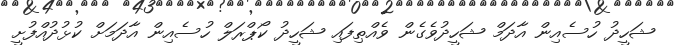
ޝަހީދު ހުސެއިން އާދަމް ޝަހީދުވެގެން ވެއްޠިފައި ޝަހީދު ކޯޕްރަލް ހުސެއިން އާދަމަށް ކުޅުދުއްފުށީ